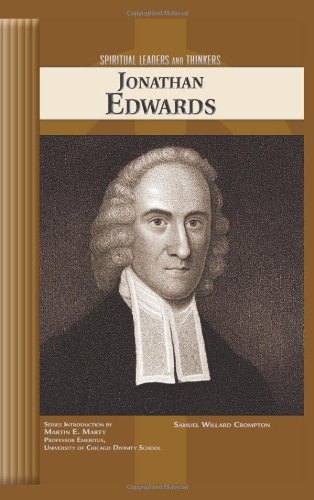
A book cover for Jonathan Edwards (Spiritual Leaders and Thinkers); Samuel Willard Crompton; Teen & Young Adult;